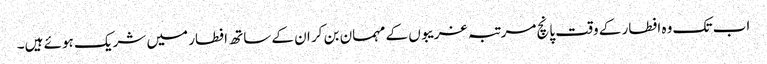
اب تک وہ افطار کے وقت پانچ مرتبہ غریبوں کے مہمان بن کر ان کے ساتھ افطار میں شریک ہوئے ہیں۔